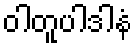
ဝါတူပါဒါနံ